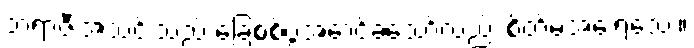
ဘရာဇီးအသင်းသည် ခြေစစ်ပွဲအောင်ခဲ့သော်လည်း စိတ်မအေးရသေး။